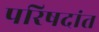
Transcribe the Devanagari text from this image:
परिषदांत